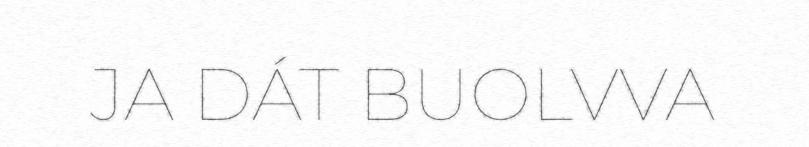
JA DÁT BUOLVVA